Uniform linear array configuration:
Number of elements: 24
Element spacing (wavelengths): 0.75
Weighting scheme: blackman
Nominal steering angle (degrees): -30
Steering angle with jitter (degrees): -28.206
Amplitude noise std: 0.05
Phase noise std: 0.05

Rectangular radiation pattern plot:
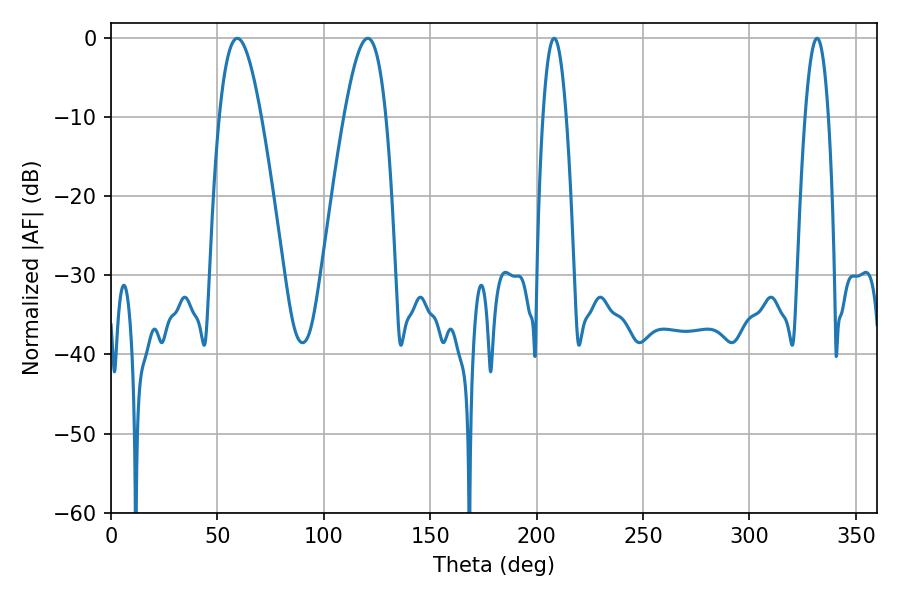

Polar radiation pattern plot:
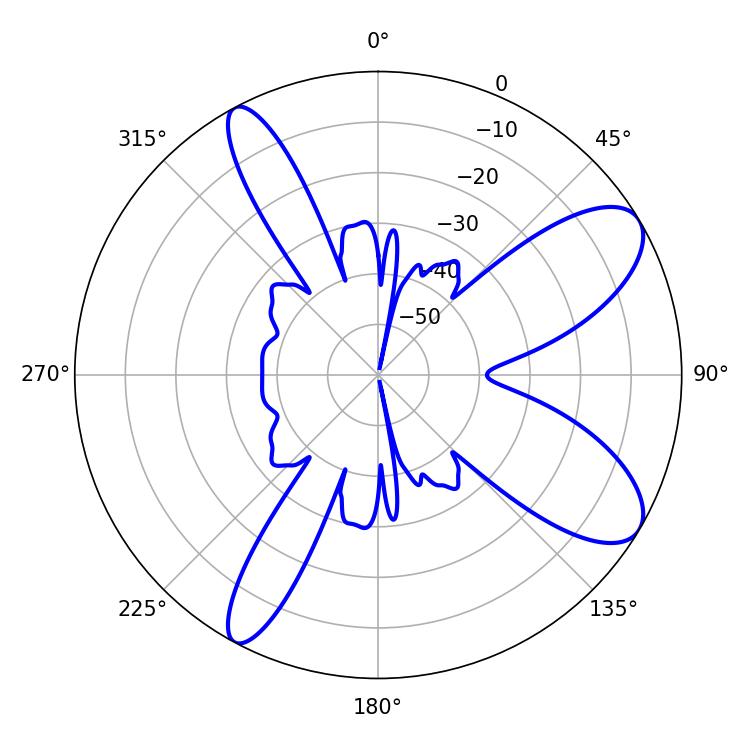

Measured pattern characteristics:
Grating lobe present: TRUE
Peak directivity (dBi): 9.178
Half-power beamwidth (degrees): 6.12
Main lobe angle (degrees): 208.26